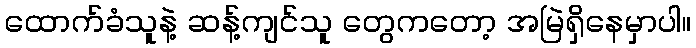
ထောက်ခံသူနဲ့ ဆန့်ကျင်သူ တွေကတော့ အမြဲရှိနေမှာပါ။